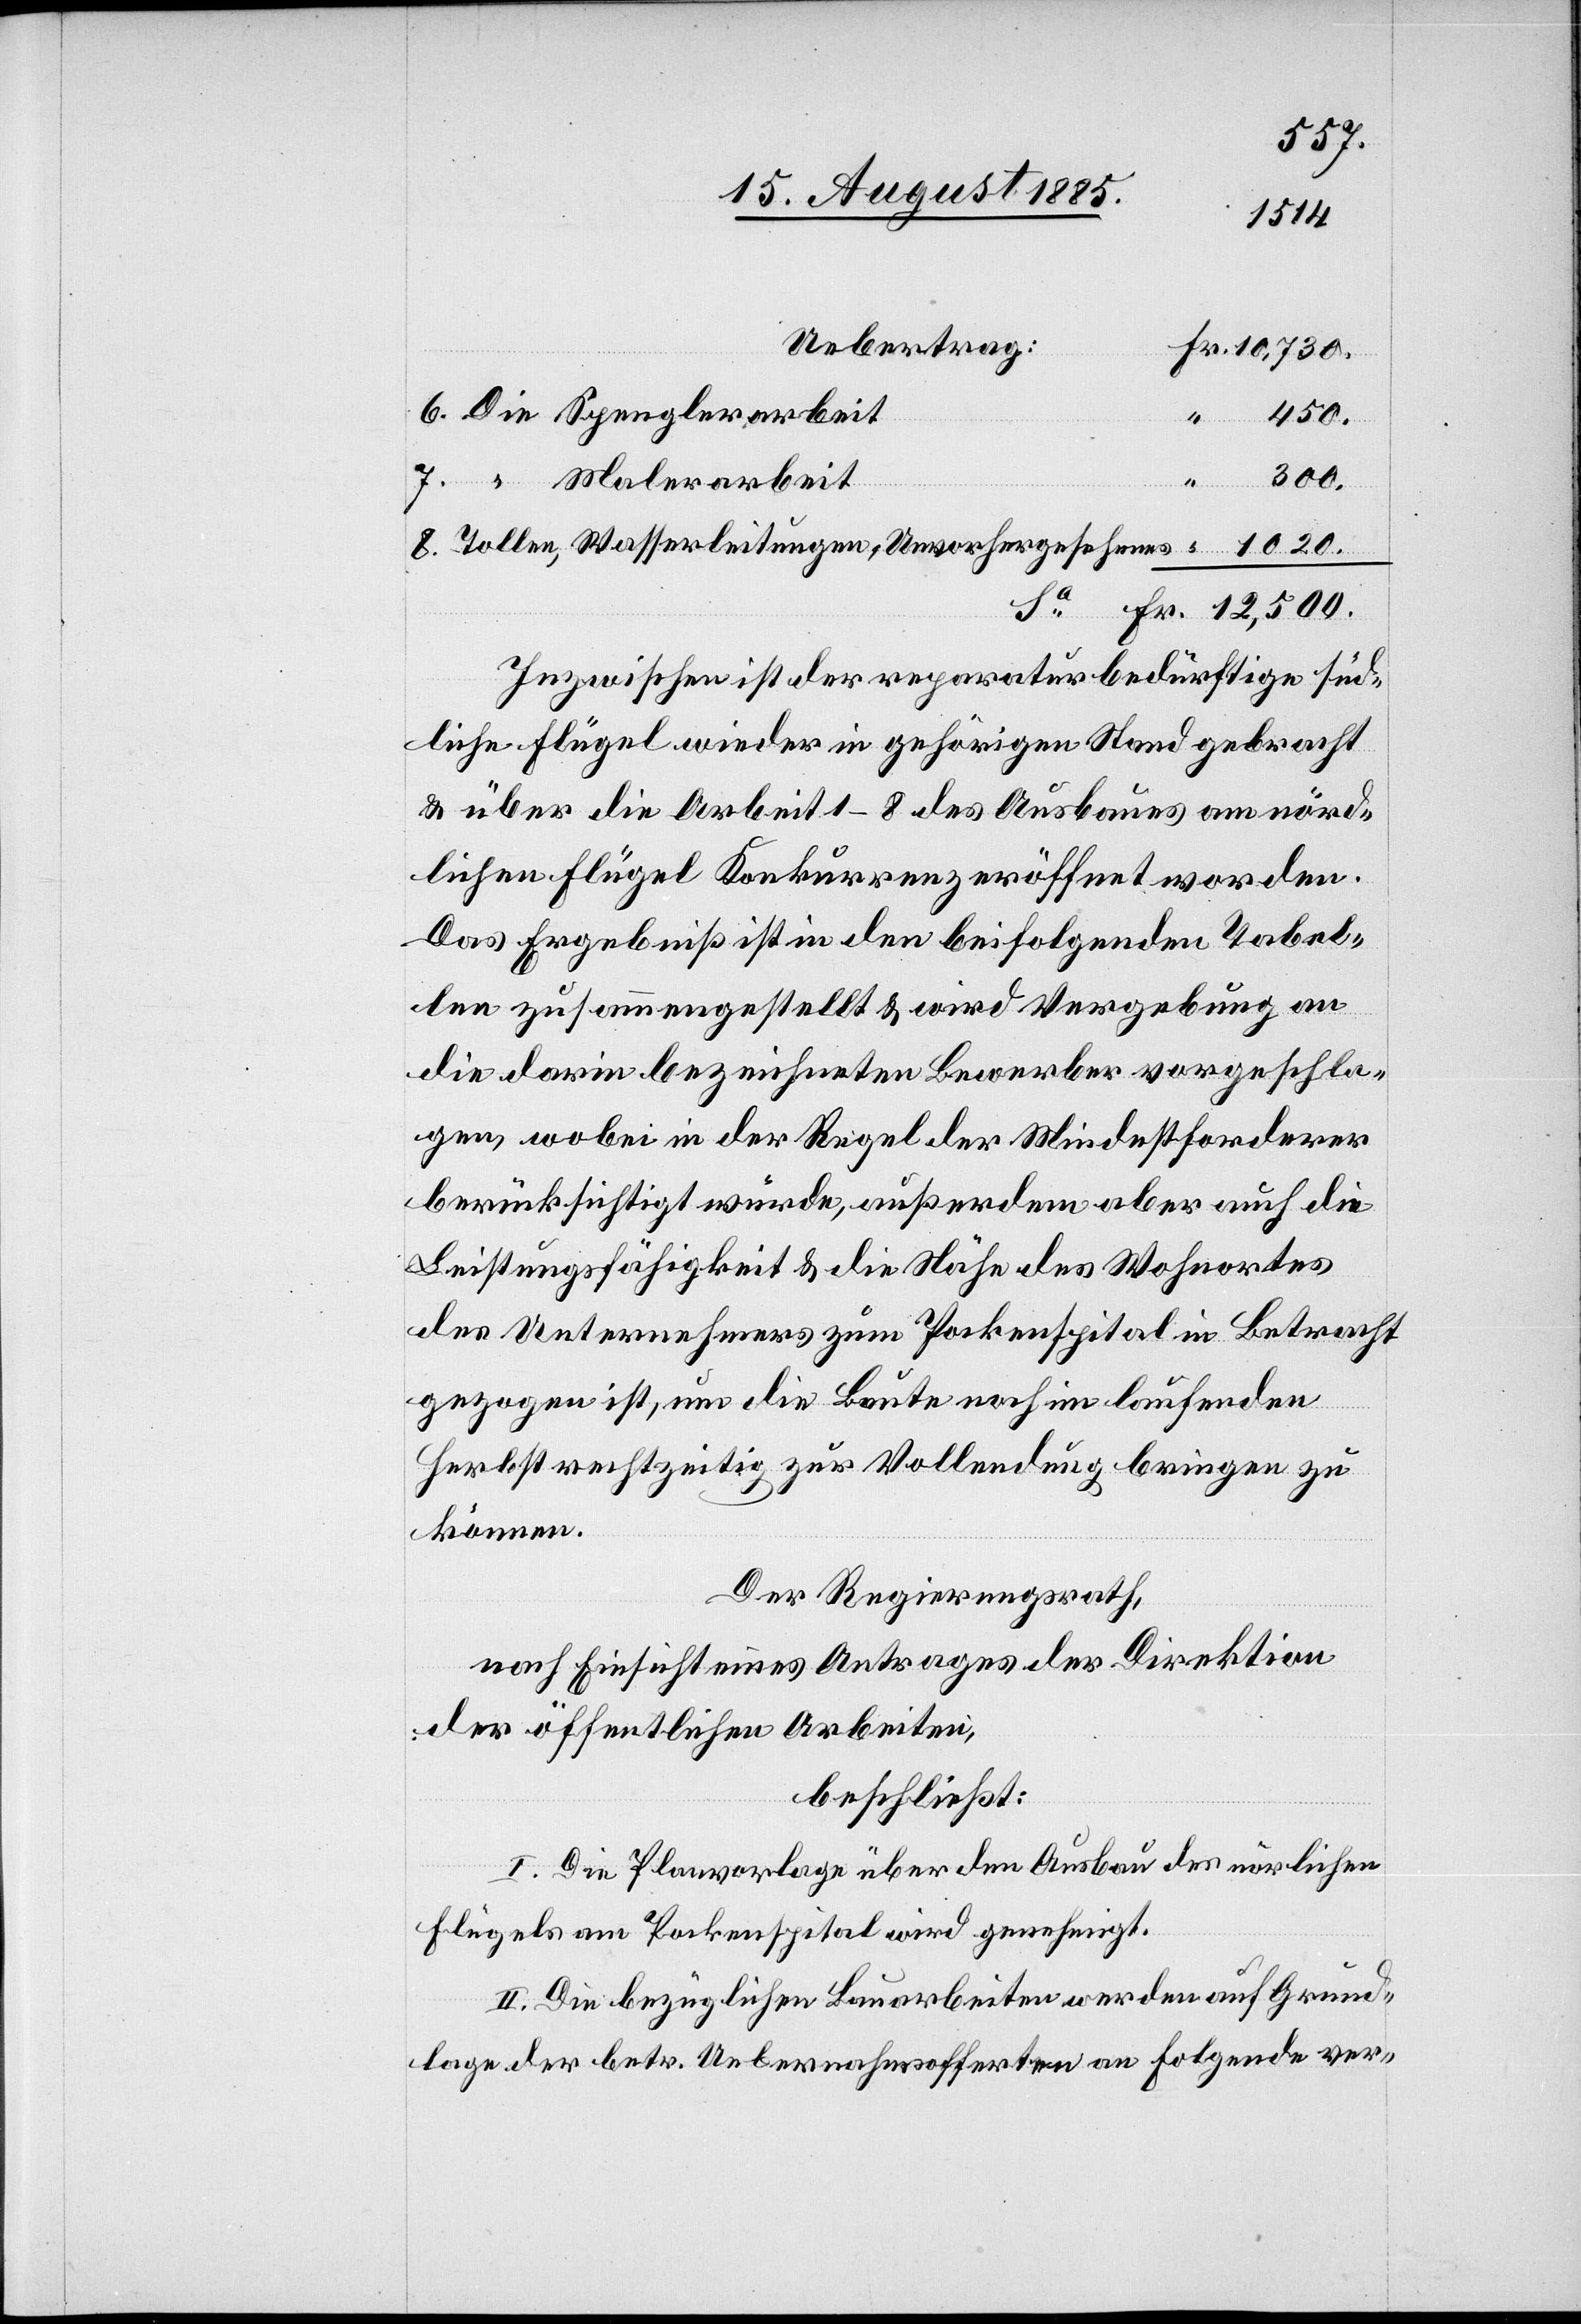
1020.
Uebertrag:
Fr.
Tollen, Wasserleitungen, Unvorhergesehenes
Inzwischen ist der reparaturbedürftige süd¬
liche Flügel wieder in gehörigen Stand gebracht
& über die Arbeit 1–8 des Ausbaues am nörd¬
lichen Flügel Konkurrenz eröffnet worden.
Das Ergebniß ist in den beifolgenden Tabel¬
len zusammengestellt & wird Vergebung an
die darin bezeichneten Bewerber vorgeschla¬
gen, wobei in der Regel der Mindestforderer
berücksichtigt würde, außerdem aber auch die
Leistungsfähigkeit & die Nähe des Wohnortes
des Unternehmers zum Pockenspital in Betracht
gezogen ist, um die Baute noch im laufenden
Herbst rechtzeitig zur Vollendung bringen zu
können.
Der Regierungsrath,
nach Einsicht eines Antrages der Direktion
der öffentlichen Arbeiten,
beschließt:
I. Die Planvorlage über den Ausbau des nördlichen
Flügels am Pockenspital wird genehmigt.
II. Die bezüglichen Bauarbeiten werden auf Grund¬
lage der betr. Uebernahmsofferten an Folgende ver-